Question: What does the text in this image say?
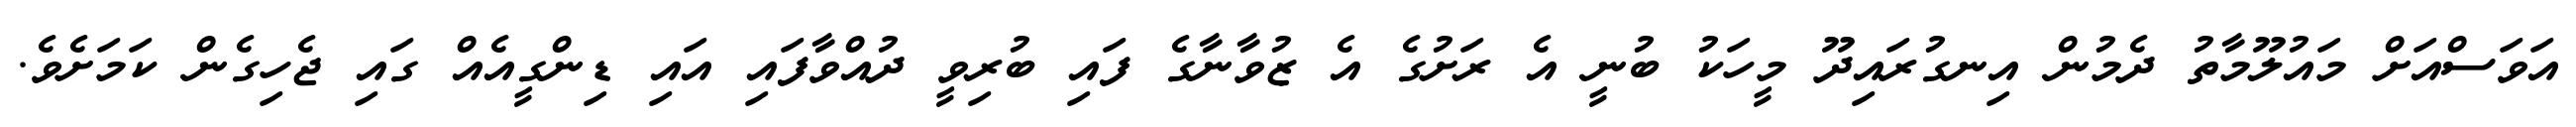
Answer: އަވަސްއަށް މައުލޫމާތު ދެމުން އިނގުރައިދޫ މީހަކު ބުނީ އެ ރަށުގެ އެ ޒުވާނާގެ ފައި ބުރިވީ ދުއްވާފައި އައި ޑިންގީއެއް ގައި ޖެހިގެން ކަމަށެވެ.